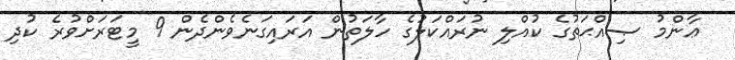
ޢާންމު ޞިއްޙަތުގެ ކުއްލި ނުރައްކަލުގެ ހާލަތުން އަރައިގަނެވެންދެން 9 މީޓަރަށްވުރެ ކުދި